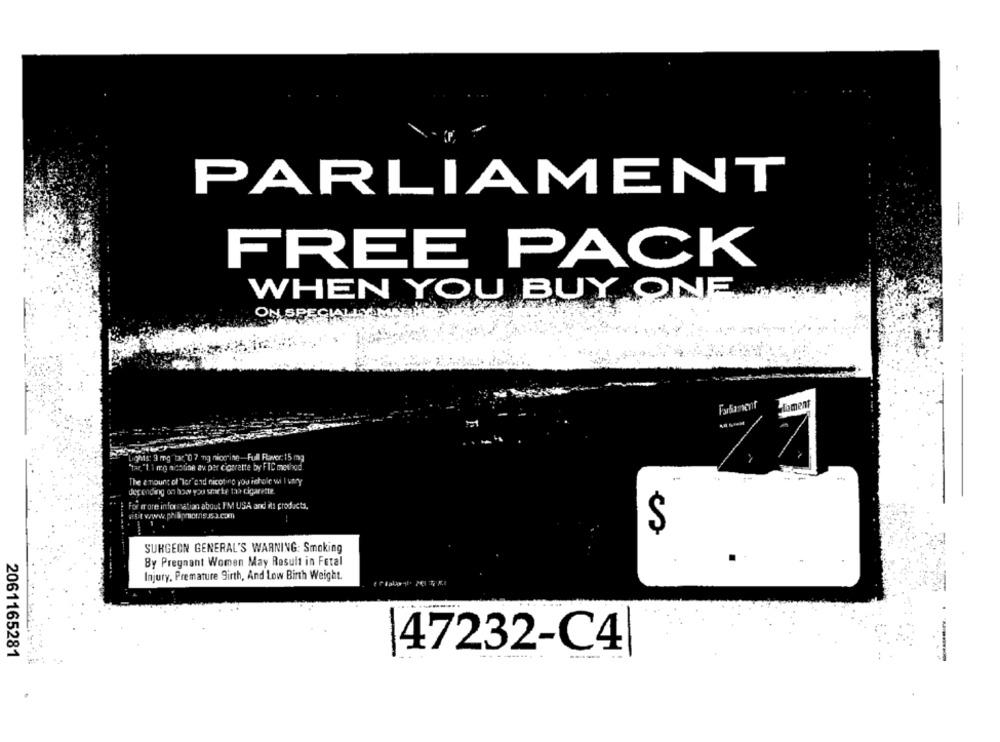
PARLIAMENT
FREE PACK
...
WHEN YOU BUY ONE
ON SPECIALLYA
......-
Forkamenf
ment
Lights: 9 mg "tar"0 7 ng niocine-Full Favor: 15 mg
7.7
"tar, "1 1 mg nicotine av per ciogratte by FIC method
The amount of "Tor"and nicotine you nichole w I unry
depending on how you smarte taa cigarette.
For more information about I'M USA and its products.
S
SURGEON GENERAL'S WARNING: Smoking
By Pregnant Women May Result in Fetal
Injury, Premature Sirth, And Low Birth Weight.
2061165281
47232-C4